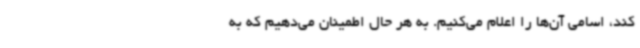
کند، اسامی آن‌ها را اعلام می‌کنیم. به هر حال اطمینان می‌دهیم که به